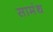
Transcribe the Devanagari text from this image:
सामंथ